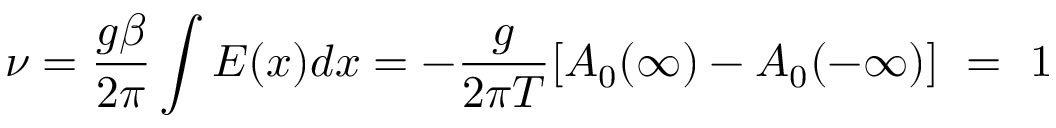
\nu = \frac { g \beta } { 2 \pi } \int E ( x ) d x = - \frac { g } { 2 \pi T } [ A _ { 0 } ( \infty ) - A _ { 0 } ( - \infty ) ] \ = ~ 1